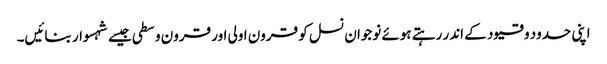
اپنی حدود و قیود کے اندر رہتے ہوئے نوجوان نسل کو قرون اولی اور قرون وسطی جیسے شہسوار بنائیں۔